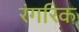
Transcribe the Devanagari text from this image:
रंगरिक